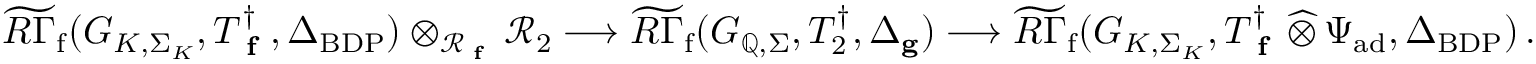
\widetilde { R \Gamma } _ { \mathrm { f } } ( G _ { K , \Sigma _ { K } } , T _ { \textup { \bf f } } ^ { \dagger } , \Delta _ { \mathrm { B D P } } ) \otimes _ { \mathcal { R } _ { \textup { \bf f } } } \mathcal { R } _ { 2 } \longrightarrow \widetilde { R \Gamma } _ { \mathrm { f } } ( G _ { \mathbb { Q } , \Sigma } , T _ { 2 } ^ { \dagger } , \Delta _ { \mathbf { g } } ) \longrightarrow \widetilde { R \Gamma } _ { \mathrm { f } } ( G _ { K , \Sigma _ { K } } , T _ { \textup { \bf f } } ^ { \dagger } \, \widehat \otimes \, \Psi _ { \mathrm { a d } } , \Delta _ { \mathrm { B D P } } ) \, .